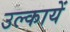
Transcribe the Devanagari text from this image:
उल्कायें